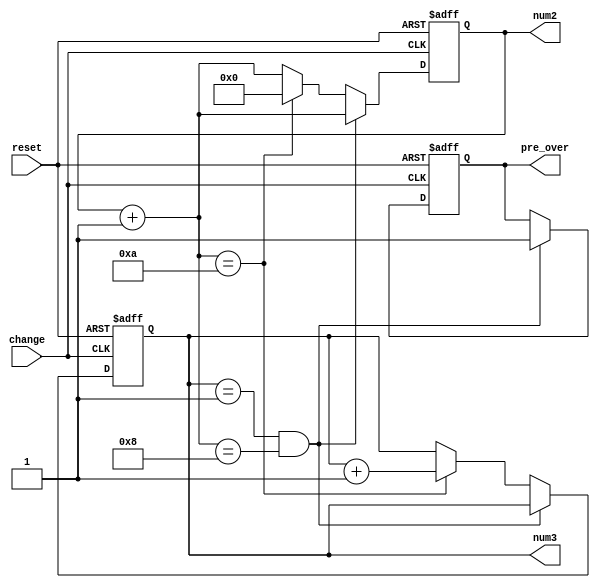
`timescale 1ns / 1ps
//////////////////////////////////////////////////////////////////////////////////
// Company: 
// Engineer: 
// 
// Design Name: 
// Module Name: Bottle_sum
// Project Name: 
// Target Devices: 
// Tool Versions: 
// Description: 
// 
// Dependencies: 
// 
// Revision:
// Revision 0.01 - File Created
// Additional Comments:
// 
//////////////////////////////////////////////////////////////////////////////////


module Bottle_sum(
    input reset,
    input change,
    output reg [3:0] num3,
    output reg [3:0] num2,
    output reg pre_over
    );
    initial
    begin
        num3 = 0;
        num2 = 1;
        pre_over = 0;
    end
    always @ (posedge change or posedge reset)
    begin
        if(reset)
        begin
            num3 = 0;
            num2 = 1;
            pre_over = 0;
        end
        else if(change)
        begin
            num2 = num2 + 1;
            if(num3 == 1 && num2 == 8)
            begin
                pre_over = 1;
            end
            else if(num2 == 10)
            begin
                num2 = 0;
                num3 = num3 + 1;
            end
        end
        else
        begin
        end
    end
endmodule